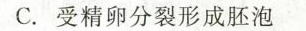
C.受精卵分裂形成胚泡